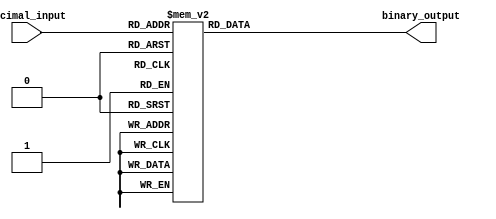
module DecimalToBinaryEncoder (
    input  [3:0] decimal_input,  // 4-bit decimal input
    output reg [3:0] binary_output // 4-bit binary output
);

// Combinational logic to encode decimal input to binary output
always @(*) begin
    case (decimal_input)
        4'b0000: binary_output = 4'b0000; // 0
        4'b0001: binary_output = 4'b0001; // 1
        4'b0010: binary_output = 4'b0010; // 2
        4'b0011: binary_output = 4'b0011; // 3
        4'b0100: binary_output = 4'b0100; // 4
        4'b0101: binary_output = 4'b0101; // 5
        4'b0110: binary_output = 4'b0110; // 6
        4'b0111: binary_output = 4'b0111; // 7
        4'b1000: binary_output = 4'b1000; // 8
        4'b1001: binary_output = 4'b1001; // 9
        default: binary_output = 4'b0000; // Default case for invalid input
    endcase
end

endmodule